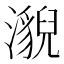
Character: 𤂚